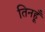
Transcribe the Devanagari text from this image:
तिनहूँ